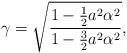
LaTeX: \begin{align*}\gamma=\sqrt{ \frac{1-\frac12{a^2\alpha^2}}{1-\frac{3}{2}a^2\alpha^2} }, \end{align*}